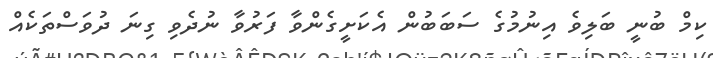
ކިމް ބުނީ ބަލިވެ އިނުމުގެ ސަބަބުން އެކަށީގެންވާ ފަރުވާ ނުދެވި ގިނަ ދުވަސްތަކެއް